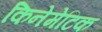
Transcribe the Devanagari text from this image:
किनेमेटिक